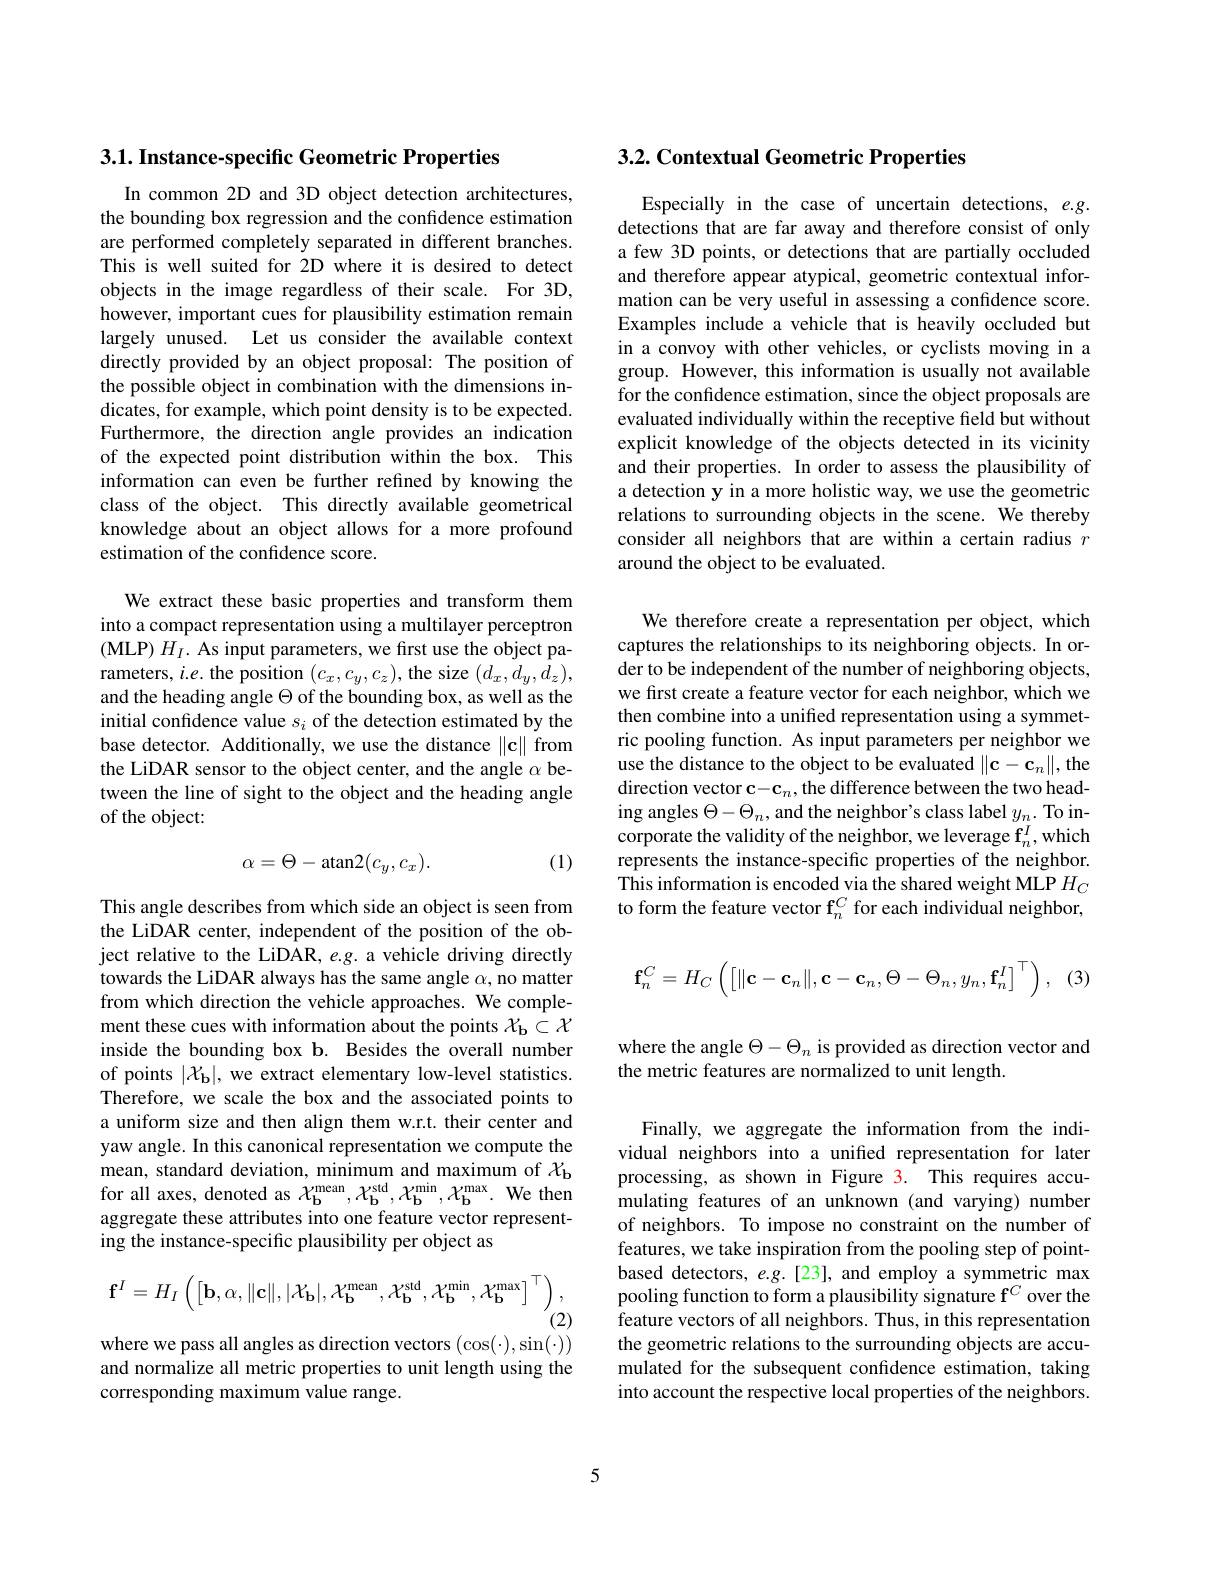
3.1. Instance-specific Geometric Properties

In common 2D and 3D object detection architectures, the bounding box regression and the confidence estimation are performed completely separated in different branches. This is well suited for 2D where it is desired to detect objects in the image regardless of their scale. For 3D, however, important cues for plausibility estimation remain largely unused. Let us consider the available context directly provided by an object proposal: The position of the possible object in combination with the dimensions indicates, for example, which point density is to be expected. Furthermore, the direction angle provides an indication of the expected point distribution within the box. This information can even be further refined by knowing the class of the object. This directly available geometrical knowledge about an object allows for a more profound estimation of the confidence score.

We extract these basic properties and transform them into a compact representation using a multilayer perceptron (MLP) $H_I.$ As input parameters, we first use the object parameters, $i.e.$ the position $(c_x,c_y,c_z)$, the size $(d_x,d_y,d_z)$, and the heading angle $\Theta$ of the bounding box, as well as the initial confdence value $s_i$ of the detection estimated by the base detector. Additionally, we use the distance $\|\mathbf{c}\|$ from the LiDAR sensor to the object center, and the angle $\alpha$ between the line of sight to the object and the heading angle of the object:
$$\alpha=\Theta-\text{atan}2(c_y,c_x).$$
(1)

This angle describes from which side an object is seen from the LiDAR center, independent of the position of the object relative to the LiDAR, e.g. a vehicle driving directly towards the LiDAR always has the same angle $\alpha$, no matter from which direction the vehicle approaches. We complement these cues with information about the points $\mathcal{X} _\mathrm{b} \subset \mathcal{X}$ inside the bounding box b. Besides the overall number of points $|\mathcal{X}_{\mathbf{b}}|$, we extract elementary low-level statistics. Therefore, we scale the box and the associated points to a uniform size and then align them w.r.t. their center and yaw angle. In this canonical representation we compute the mean, standard deviation, minimum and maximum of $\chi_\mathrm{b}$ for all axes, denoted as $\mathcal{X}_{\mathbf{b}}^{\mathrm{mean}},\mathcal{X}_{\mathbf{b}}^{\mathrm{std}},\mathcal{X}_{\mathbf{b}}^{\mathrm{min}},\mathcal{X}_{\mathbf{b}}^{\mathrm{max}}.$ We then aggregate these attributes into one feature vector representing the instance-specific plausibility per object as
$$\mathbf{f}^I=H_I\left(\begin{bmatrix}\mathbf{b},\alpha,\|\mathbf{c}\|,|\mathcal{X}_\mathbf{b}|,\mathcal{X}_\mathbf{b}^\mathrm{mean},\mathcal{X}_\mathbf{b}^\mathrm{std},\mathcal{X}_\mathbf{b}^\mathrm{min},\mathcal{X}_\mathbf{b}^\mathrm{max}\end{bmatrix}^\top\right),$$
$^{\prime}(2)$

where we pass all angles as direction vectors $(\cos(\cdot),\sin(\cdot))$ and normalize all metric properties to unit length using the corresponding maximum value range.

## 3.2. Contextual Geometric Properties

Especially in the case of uncertain detections, $e.g.$ detections that are far away and therefore consist of only a few 3D points, or detections that are partially occluded and therefore appear atypical, geometric contextual information can be very useful in assessing a confidence score. Examples include a vehicle that is heavily occluded but in a convoy with other vehicles, or cyclists moving in a group. However, this information is usually not available for the confidence estimation, since the object proposals are evaluated individually within the receptive field but without explicit knowledge of the objects detected in its vicinity and their properties. In order to assess the plausibility of a detection y in a more holistic way, we use the geometric relations to surrounding objects in the scene. We thereby consider all neighbors that are within a certain radius $r$ around the object to be evaluated.

We therefore create a representation per object, which captures the relationships to its neighboring objects. In order to be independent of the number of neighboring objects, we first create a feature vector for each neighbor, which we then combine into a unified representation using a symmetric pooling function. As input parameters per neighbor we use the distance to the object to be evaluated $\|\mathbf{c}-\mathbf{c}_n\|$, the direction vector $\mathbf{c}-\mathbf{c}_n$, the difference between the two heading angles $\Theta-\Theta_n$, and the neighbor's class label $y_n.$ To incorporate the validity of the neighbor, we leverage $\mathbf{f}_n^I$,which represents the instance-specific properties of the neighbor. This information is encoded via the shared weight MLP $H_C$ to form the feature vector f$_n^C$ for each individual neighbor,
$$\mathbf{f}_{n}^{C}=H_{C}\left(\left[\|\mathbf{c}-\mathbf{c}_{n}\|,\mathbf{c}-\mathbf{c}_{n},\Theta-\Theta_{n},y_{n},\mathbf{f}_{n}^{I}\right]^{\top}\right),$$
where the angle $\Theta-\Theta_n$ is provided as direction vector and
the metric features are normalized to unit length.

Finally, we aggregate the information from the individual neighbors into a unified representation for later processing, as shown in Figure 3. This requires accumulating features of an unknown (and varying) number of neighbors. To impose no constraint on the number of features, we take inspiration from the pooling step of pointbased detectors, $e.g.[23]$, and employ a symmetric max pooling function to form a plausibility signature f$^C$ over the feature vectors of all neighbors. Thus, in this representation the geometric relations to the surrounding objects are accumulated for the subsequent confidence estimation, taking into account the respective local properties of the neighbors.

5